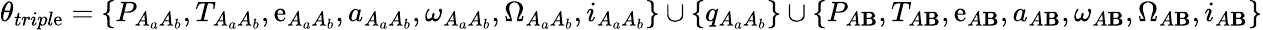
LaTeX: \theta_{tripl\mathrm{e}}=\{ P_{A_{a}A_{b}},T_{A_{a}A_{b}},\mathrm{e}_{A_{a}A_{b}},a_{A_{a}A_{b}},\omega_{A_{a}A_{b}},\Omega_{A_{a}A_{b}},i_{A_{a}A_{b}}\} \cup\{ q_{A_{a}A_{b}}\} \cup\{ P_{A\mathbf{B}},T_{A\mathbf{B}},\mathrm{e}_{A\mathbf{B}},a_{A\mathbf{B}},\omega_{A\mathbf{B}},\Omega_{A\mathbf{B}},i_{A\mathbf{B}}\}